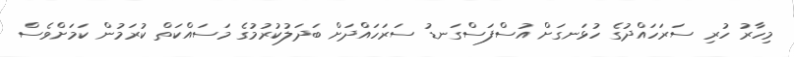
މިހާރު ހުރި ސަރަހައްދުގެ ހުޅަނގަށް އުސްފަސްގަނޑު ސަރަހައްދަށް ބަދަލުކުރުމުގެ މަސައްކަތް ކުރަމުން ކަމަށްވެސް